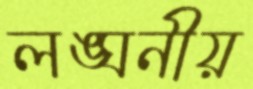
লঙ্ঘনীয়